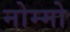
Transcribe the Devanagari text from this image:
नोम्मो